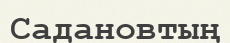
Садановтың